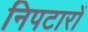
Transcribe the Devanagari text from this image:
निपटारों